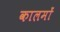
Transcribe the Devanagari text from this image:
कालमों